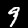
Label: 9